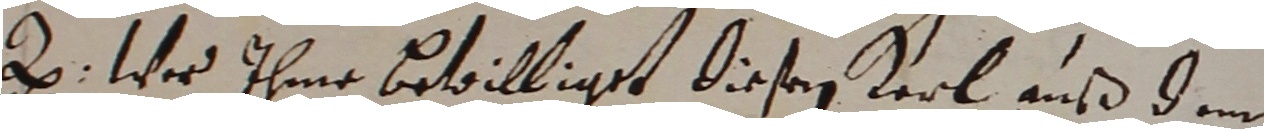
a. wis ihme bevilliget diesen kerl auß dem